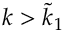
k > \tilde { k } _ { 1 }